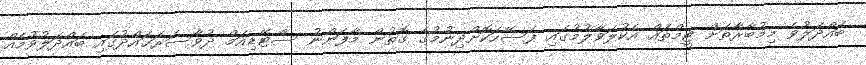
ބައްދަލުވެ މިމުބާރާތަށް ޓީމްތައް އެކުލަވާލުމުގައި ފަސޭހަކޮށްދިނުމުގެ ގޮތުން މާފަންނު ސްޓޭޑިއަމް ދުވާސަރަޙައްދުގައި ބައްދަލުވުމެއް